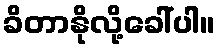
ခိတာနိုလို့ခေါ်ပါ။